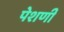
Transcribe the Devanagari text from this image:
पेशणी